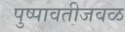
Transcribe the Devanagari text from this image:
पुष्पावतीजवळ